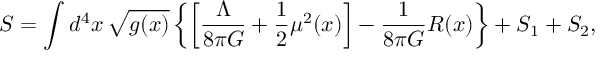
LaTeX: S = \int d ^ { 4 } x \, \sqrt { g ( x ) } \left\{ \left[ \frac { \Lambda } { 8 \pi G } + \frac { 1 } { 2 } \mu ^ { 2 } ( x ) \right] - \frac { 1 } { 8 \pi G } R ( x ) \right\} + S _ { 1 } + S _ { 2 } ,